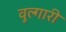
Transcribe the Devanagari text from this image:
वुल्गारी